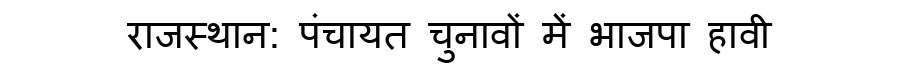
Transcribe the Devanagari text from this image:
राजस्थान: पंचायत चुनावों में भाजपा हावी